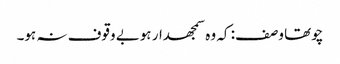
چوتھا وصف: کہ وہ سمجھدار ہوبے وقوف نہ ہو۔